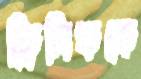
ক্লিনিককে